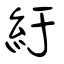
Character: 紆